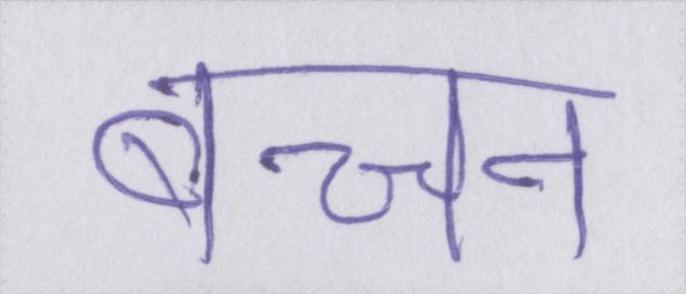
बच्चन